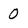
Character: 0